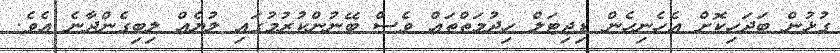
ގުޅުން ބަދަހިކޮށް އެހެނިހެން ޑިޖިޓަލް ހިދުމަތްތައް ވެސް ބޭނުންކުރުމުގައި ލުޔެއް ލިބިގެންދާނެ އެވެ.